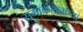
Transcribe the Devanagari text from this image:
समाकलनाच्या